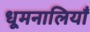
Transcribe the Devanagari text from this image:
धूमनालियाँ